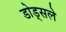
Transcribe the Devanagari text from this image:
डोड्सले